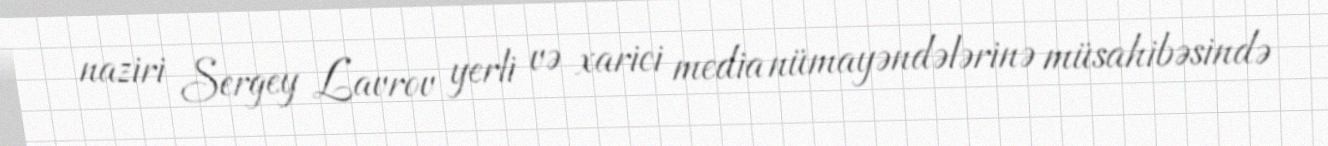
naziri Sergey Lavrov yerli və xarici media nümayəndələrinə müsahibəsində